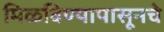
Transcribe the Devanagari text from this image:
मिळविण्यापासूनचे